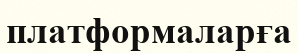
платформаларға